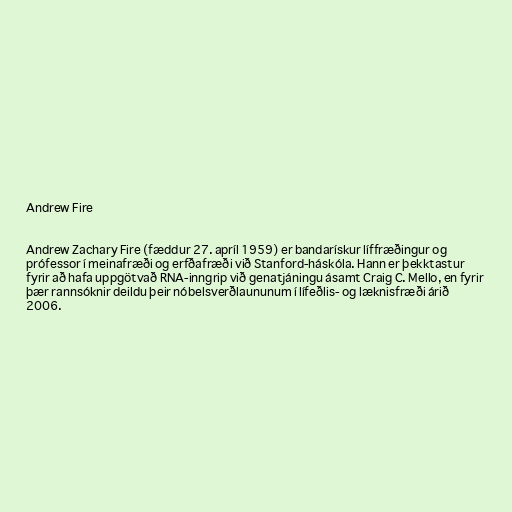
Andrew Fire

Andrew Zachary Fire (fæddur 27. apríl 1959) er bandarískur líffræðingur og
prófessor í meinafræði og erfðafræði við Stanford-háskóla. Hann er þekktastur
fyrir að hafa uppgötvað RNA-inngrip við genatjáningu ásamt Craig C. Mello, en fyrir
þær rannsóknir deildu þeir nóbelsverðlaununum í lífeðlis- og læknisfræði árið
2006.